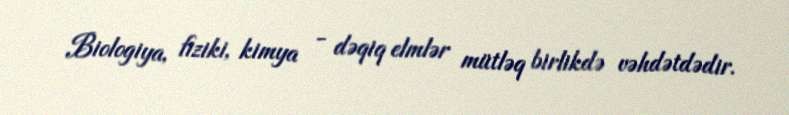
Biologiya, fiziki, kimya - dəqiq elmlər mütləq birlikdə vəhdətdədir.